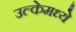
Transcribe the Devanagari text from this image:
उल्केमध्ये